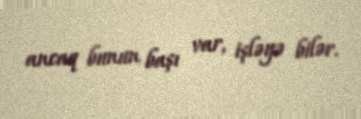
ancaq bunun başı var, işləyə bilər.